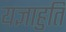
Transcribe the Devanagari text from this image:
यज्ञाहुति